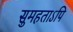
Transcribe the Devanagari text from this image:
सुमहताऽपि